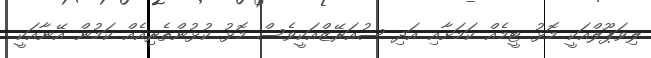
ލިވަޕޫލްއަކީ މޮޅު ޓީމެއް ކަމަށާއި އަދި ސުއަރޭޒްއަކީވެސް މޮޅު ކުޅުންތެރިއެއް ކަމުން އޭނާއަކީ